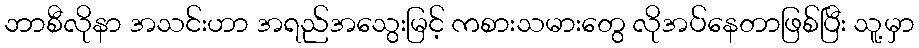
ဘာစီလိုနာ အသင်းဟာ အရည်အသွေးမြင့် ကစားသမားတွေ လိုအပ်နေတာဖြစ်ပြီး သူ့မှာ